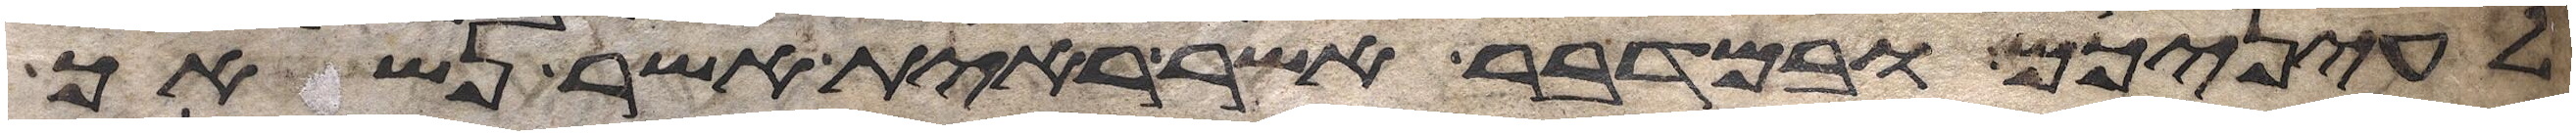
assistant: לעיניכם ובמדבר אשר ראית אשר נשאך